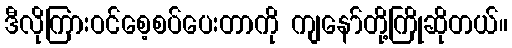
ဒီလိုကြားဝင်စေ့စပ်ပေးတာကို ကျနော်တို့ကြိုဆိုတယ်။